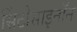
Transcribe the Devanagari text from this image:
सिंटोसाइनॉन